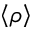
\left\langle \rho \right\rangle